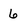
Character: 6